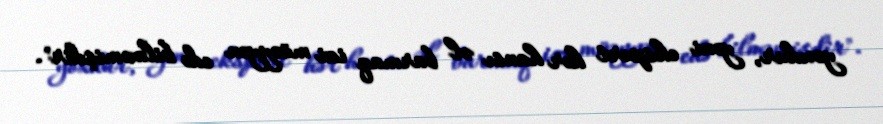
yoxdur, yəni ekspert hər hansı əl barmaq izi müəyyən edə bilməmişdir".